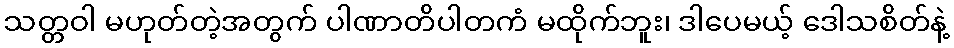
သတ္တဝါ မဟုတ်တဲ့အတွက် ပါဏာတိပါတကံ မထိုက်ဘူး၊ ဒါပေမယ့် ဒေါသစိတ်နဲ့